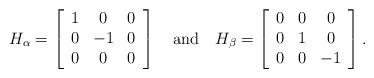
LaTeX: \begin{align*} H_{\alpha}=\left[\begin{array}{ccc} 1&0&0\\0&-1&0\\0&0&0 \end{array}\right]\quad\mbox{and}\quad H_{\beta}=\left[\begin{array}{ccc} 0&0&0\\0&1&0\\0&0&-1 \end{array}\right].\end{align*}